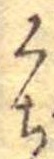
くち